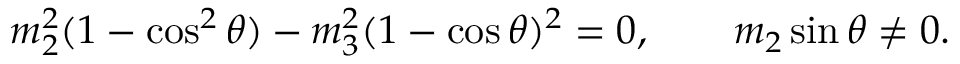
\begin{array} { r } { m _ { 2 } ^ { 2 } ( 1 - \cos ^ { 2 } \theta ) - m _ { 3 } ^ { 2 } ( 1 - \cos \theta ) ^ { 2 } = 0 , \qquad m _ { 2 } \sin \theta \ne 0 . } \end{array}